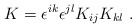
\begin{align*}K = \epsilon^{ik}\epsilon^{jl}K_{ij}K_{kl}\ .\end{align*}